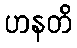
ဟနတိ